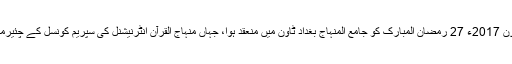
شہراعتکاف میں جمعۃ الوداع کا اجتماع 23 جون 2017ء 27 رمضان المبارک کو جامع المنہاج بغداد ٹاون میں منعقد ہوا، جہاں منہاج القرآن انٹرنیشنل کی سپریم کونسل کے چئیرمین ڈاکٹر حسن محی الدین قادری نے خطاب کیا۔